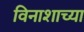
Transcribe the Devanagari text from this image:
विनाशाच्या